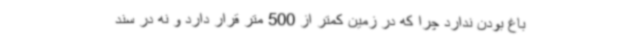
باغ بودن ندارد چرا که در زمین کمتر از 500 متر قرار دارد و نه در سند